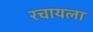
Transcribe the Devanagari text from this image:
रचायला